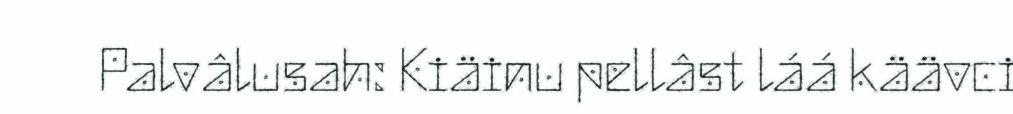
Palvâlusah: Kiäinu pellâst láá käävci